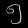
Digit: ၅